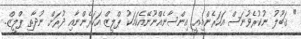
" ޤަބޫލު ނުކުރެވުނަސް އަހަރެންމިއީ އިންސާނެއްނޫނޭއެކަމަކު ޕްލީޒް އަހަރެންނާއި ދުރަށް ނުދާތި ޕްލީޒް.